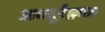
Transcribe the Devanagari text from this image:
अबदूर्रज़्ज़ाक़